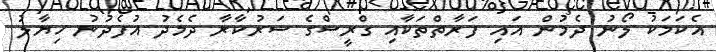
އެކަމަކު ލޯނު ދެމުން އައި ފަރާތްތަކާއި ގްރީސްގެ ސަރުކާރާ ދެމެދު އުފެދުނު ހިޔާލު